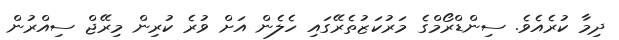
ދިމާ ކުރެއެވެ. ސިންޑްރޯމްގެ މަރުކަޒުތެރޭގައި ހެލެން އަށް ވުރެ ކުރިން މިރޭޖް ސިއްރުން